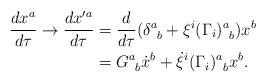
LaTeX: \begin{align*}\frac{dx^a}{d\tau} \rightarrow \frac{dx'^a}{d\tau} &= \frac{d}{d\tau}(\delta^a_{\;\;b} + \xi^i(\Gamma_i)^a_{\;\;b})x^b\\&= G^a_{\;\;b}\dot{x}^b + \dot{\xi}^i(\Gamma_i)^a_{\;\;b}x^b.\end{align*}